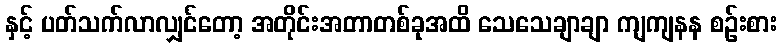
နှင့် ပတ်သက်လာလျှင်တော့ အတိုင်းအတာတစ်ခုအထိ သေသေချာချာ ကျကျနန စဉ်းစား